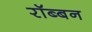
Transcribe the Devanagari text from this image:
रॉब्‍बन